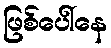
ဖြစ်ပေါ်နေ